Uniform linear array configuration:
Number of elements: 12
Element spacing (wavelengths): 0.75
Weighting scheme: uniform
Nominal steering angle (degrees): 30
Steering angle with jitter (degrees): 30.005
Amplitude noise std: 0.05
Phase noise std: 0.05

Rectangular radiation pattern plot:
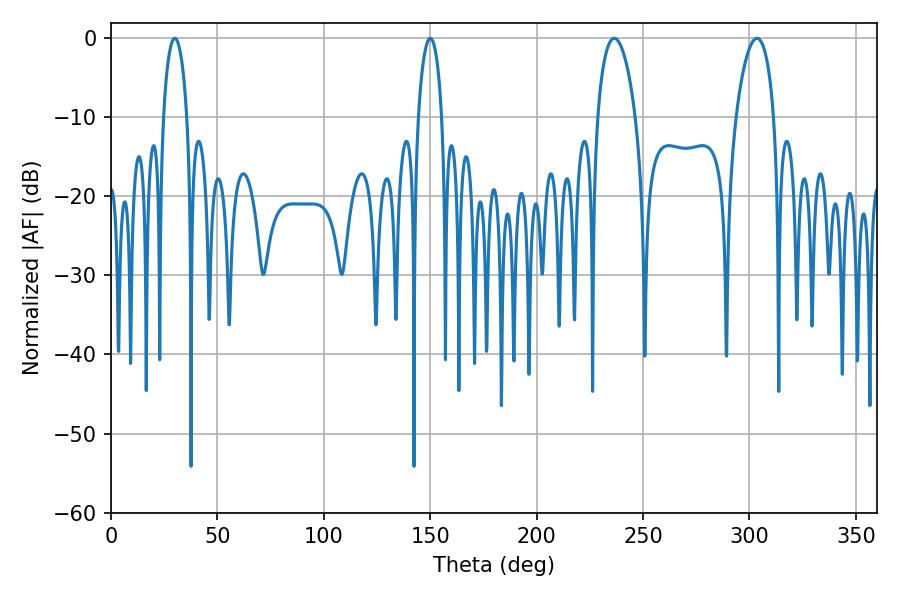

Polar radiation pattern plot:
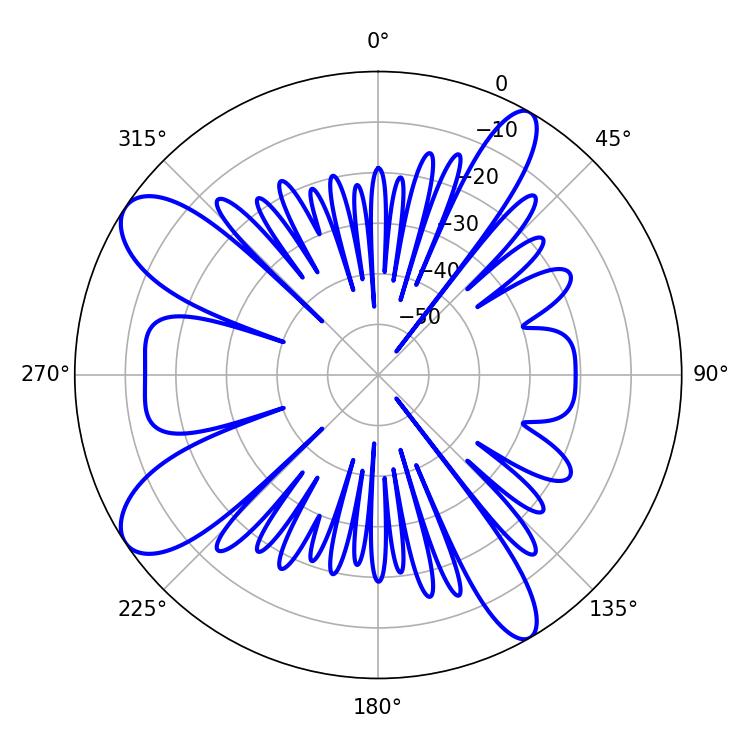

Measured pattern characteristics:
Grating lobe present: TRUE
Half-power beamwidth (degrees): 10.08
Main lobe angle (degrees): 236.52